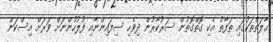
ޙާލަތްތަކުގައި ތަފާތު އެކި ގޮތްގޮތުން ސަރުކާރުން ދިވެހި ސިފައިންނާއި ފުލުހުންނަށް ވަރަށް އިސްކަން